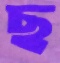
ছ